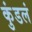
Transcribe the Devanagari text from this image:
कुंडलं